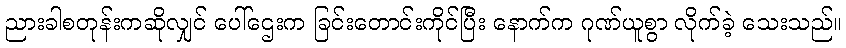
ညားခါစတုန်းကဆိုလျှင် ပေါ်ဌေးက ခြင်းတောင်းကိုင်ပြီး နောက်က ဂုဏ်ယူစွာ လိုက်ခဲ့ သေးသည်။